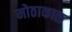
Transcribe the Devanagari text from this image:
मोठाकाळ